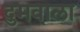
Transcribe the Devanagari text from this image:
दुमवाला